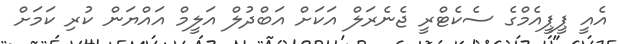
އެއީ ޕީޕީއެމްގެ ސެކެޓްރީ ޖެނެރަލް އަކަށް އަބްދުލް އަލީމް އައްޔަން ކުރި ކަމަށް